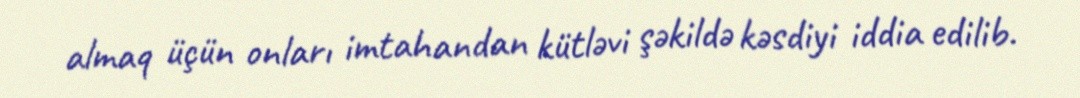
almaq üçün onları imtahandan kütləvi şəkildə kəsdiyi iddia edilib.